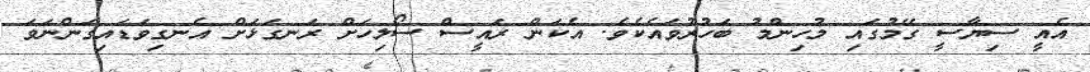
އެއީ ސިޔާސީ ގޭމުގައި މުހިންމު ބަހުރުވައެކެވެ. އެކަން ރައީސް ސޯލިހަށް ރަނގަޅަށް އެނގިވަޑައިގަންނަވަ